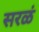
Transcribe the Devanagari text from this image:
सरळं